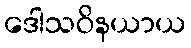
ဒေါသဝိနယာယ